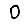
Digit: 0